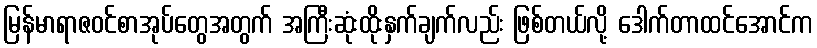
မြန်မာရာဇဝင်စာအုပ်တွေအတွက် အကြီးဆုံးထိုးနှက်ချက်လည်း ဖြစ်တယ်လို့ ဒေါက်တာထင်အောင်က